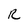
Character: R